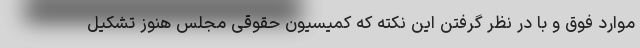
موارد فوق و با در نظر گرفتن این نکته که کمیسیون حقوقی مجلس هنوز تشکیل